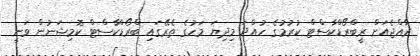
ރާއްޖެއަށް ރީބްރޯޑްކާސްޓް ކުރުމުގެ ހުއްދަ މިދިޔަ މަހުގެ ތެރޭގައި ބްރޯޑްކާސްޓް ކޮމިޝަނުން ވަނީ